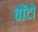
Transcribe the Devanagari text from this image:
वोंटो